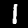
Label: 1